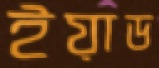
ইয়াড